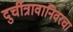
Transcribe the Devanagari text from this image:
दुर्चीत्रावानिवरचा